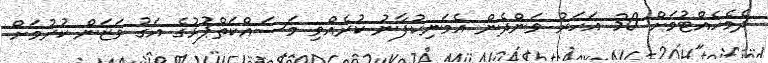
ދެމެހެއްޓުމަށް 30 އަހަރު ވަންދެން އެމަނިކުފާނު ކުރެއްވި މަސައްކަތްޕުޅުގެ އަގު ވަޒަން ކުރުމަށް